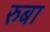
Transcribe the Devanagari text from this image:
रुबा